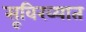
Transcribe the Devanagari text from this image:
सूविख्यात